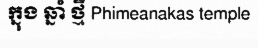
ក្នុង ឆ្នាំ ថ្មី Phimeanakas temple